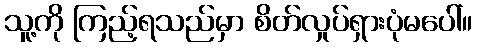
သူ့ကို ကြည့်ရသည်မှာ စိတ်လှုပ်ရှားပုံမပေါ်။